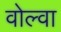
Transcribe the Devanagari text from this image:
वोल्वा